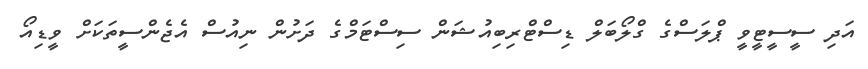
އަދި ސީސީޓީވީ ޕްލަސްގެ ގްލޯބަލް ޑިސްޓްރިބިއުޝަން ސިސްޓަމްގެ ދަށުން ނިއުސް އެޖެންސީތަކަށް ވީޑިއޯ